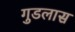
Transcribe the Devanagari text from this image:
गुडलास